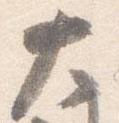
大